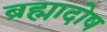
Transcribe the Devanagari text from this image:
ब्रह्मादोष